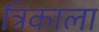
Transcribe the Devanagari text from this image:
त्रिकाला